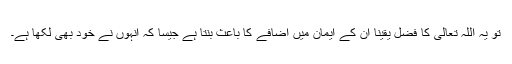
تو یہ اللہ تعالیٰ کا فضل یقینا اُن کے ایمان میں اضافے کا باعث بنتا ہے جیسا کہ انہوں نے خود بھی لکھا ہے۔